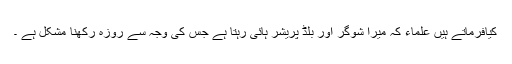
کیافرماتے ہیں علماء کہ ميرا شوگر اور بلڈ پریشر ہائی رہتا ہے جس کی وجہ سے روزہ رکھنا مشکل ہے ۔